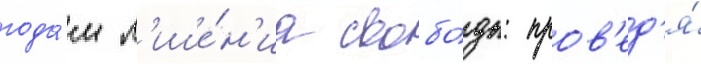
года́м л'ише́н'иа свобо́ды: пров'ед'я́